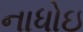
નાધોઇ